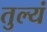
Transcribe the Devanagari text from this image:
तुल्यं